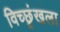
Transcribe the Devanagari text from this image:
विच्छृंखला